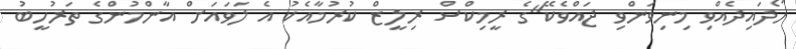
ހޯދައިދެއްވި މިނިވަންވި ޖައްވެކޭ"ގެ ރީމިކްސް ރިލީޒް ކުރުމާއެކު އެ ލަވައަށް އާންމުންގެ ތަރުހީބު